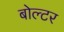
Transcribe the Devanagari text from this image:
बोल्टर